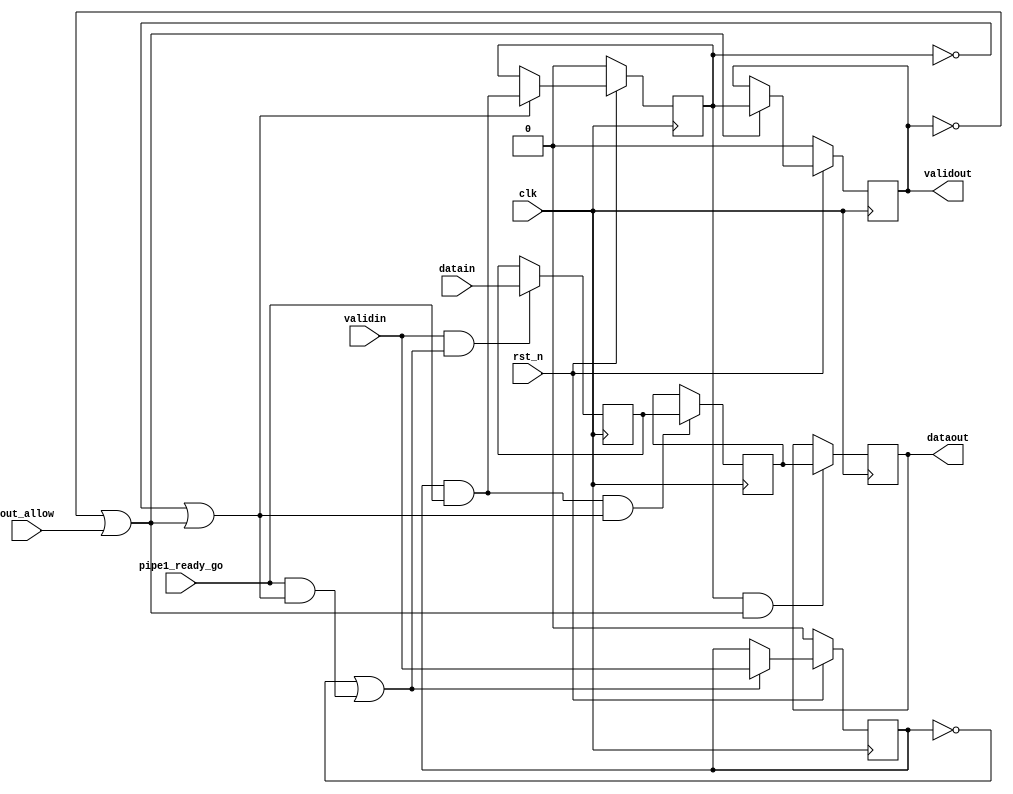
module stallable_pipeline #(parameter WIDTH = 32)(
    input clk,
    input rst_n,
    input validin,
    input [WIDTH-1:0] datain,
    input out_allow,
    input pipe1_ready_go,
    output validout,
    output [WIDTH-1:0] dataout
);
reg pipe1_valid;
reg pipe2_valid;
reg pipe3_valid;
reg [WIDTH-1:0] pipe1_data;
reg [WIDTH-1:0] pipe2_data;
reg [WIDTH-1:0] pipe3_data;

wire pipe1_allowin;
wire pipe1_ready_go;
wire pipe1_to_pipe2_vaild;

wire pipe2_allowin;
wire pipe2_ready_go;
wire pipe2_to_pipe3_vaild;

wire pipe3_allowin;
wire pipe3_ready_go;

//assign pipe1_ready_go=1;
assign pipe1_allowin = !pipe1_valid || (pipe1_ready_go && pipe2_allowin);//当前级允许数据输入的情况：1：上级数据未准备好；2：本级数据处理完成且下级发起读数据请求
assign pipe1_to_pipe2_vaild = pipe1_valid && pipe1_ready_go;//上级有数据要输入且本级数据处理完成，向下一级发起数据传输请求。

always @(posedge clk ) begin

    if(!rst_n)
        pipe1_valid <= 1'b0;
    else if (pipe1_allowin)
        pipe1_valid <= validin;
    if (validin && pipe1_allowin)//validin由0变1时，pipe1完成对上级数据的接收，并且在数据处理完成后向下一级发起发送数据请求。
        pipe1_data <= datain;
end

assign pipe2_ready_go=1;
assign pipe2_allowin = !pipe2_valid || pipe2_ready_go && pipe3_allowin;
assign pipe2_to_pipe3_vaild = pipe2_valid && pipe2_ready_go;

always @(posedge clk ) begin

    if(!rst_n)
        pipe2_valid <= 1'b0;
    else if (pipe2_allowin)
        pipe2_valid <= pipe1_to_pipe2_vaild;
    if (pipe1_to_pipe2_vaild && pipe2_allowin)
        pipe2_data <= pipe1_data;
end

assign pipe3_ready_go=1;
assign pipe3_allowin = !pipe3_valid || pipe3_ready_go && out_allow;
assign validout = pipe3_valid && pipe3_ready_go;
 
always @(posedge clk ) begin

    if(!rst_n)
        pipe3_valid <= 1'b0;
    else if (pipe3_allowin)
        pipe3_valid <= pipe2_to_pipe3_vaild;
    if (pipe2_to_pipe3_vaild && pipe3_allowin)
        pipe3_data <= pipe2_data;
end

assign dataout = pipe3_data ;
endmodule